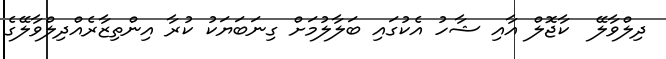
ދިލްވާލޭ  ކާޖޮލް އާއި ޝާހު އެކުގައި ބަލާލުމަށް ގިނަބަޔަކު ކުރާ އިންތިޒާރެއްދިލްވާލޭގެ